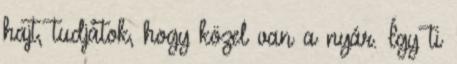
hajt, tudjátok, hogy közel van a nyár. Így ti